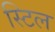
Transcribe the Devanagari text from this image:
स्‍टिल